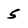
Character: 5